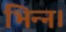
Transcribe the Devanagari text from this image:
भिन्‍न।